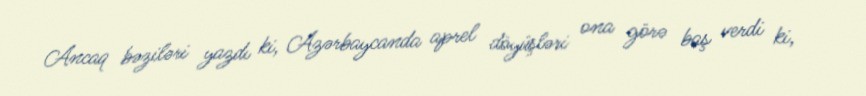
Ancaq bəziləri yazdı ki, Azərbaycanda aprel döyüşləri ona görə baş verdi ki,